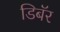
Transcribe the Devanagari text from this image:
डिबॅर